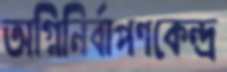
অগ্নিনির্বাপণকেন্দ্র